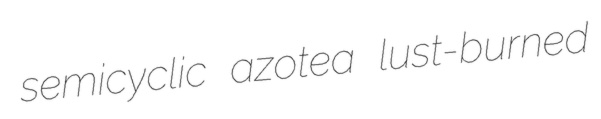
semicyclic azotea lust-burned